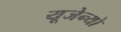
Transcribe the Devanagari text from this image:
यूजेन्यो